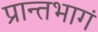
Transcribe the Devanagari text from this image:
प्रान्तभागं